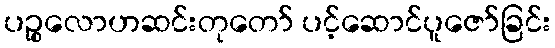
ပဉ္စလောဟဆင်းတုတော် ပင့်ဆောင်ပူဇော်ခြင်း